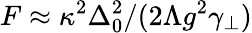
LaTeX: F\approx\kappa^{2}\Delta_{0}^{2}/(2\Lambda g^{2}\gamma_{\perp})